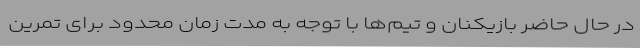
در حال حاضر بازیکنان و تیم‌ها با توجه به مدت‌ زمان محدود برای تمرین